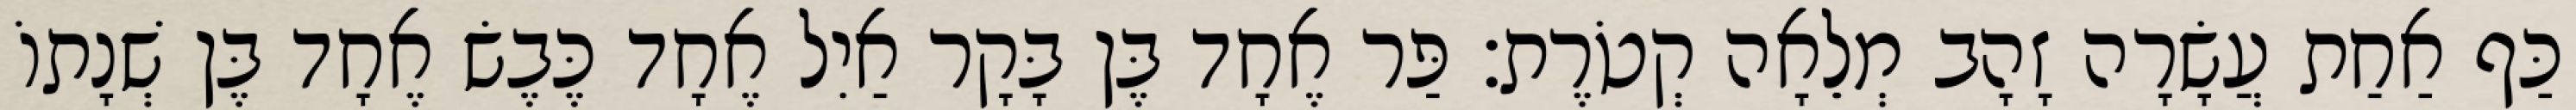
כַּף אַחַת עֲשָׂרָה זָהָב מְלֵאָה קְטֹרֶת׃ פַּר אֶחָד בֶּן בָּקָר אַיִל אֶחָד כֶּבֶשׂ אֶחָד בֶּן שְׁנָתוֹ